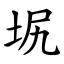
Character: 㘲